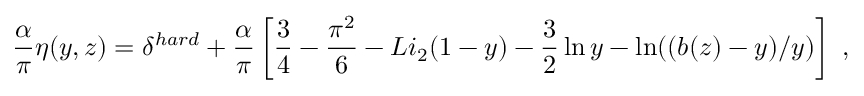
\frac { \alpha } { \pi } \eta ( y , z ) = \delta ^ { h a r d } + \frac { \alpha } { \pi } \left[ \frac { 3 } { 4 } - \frac { \pi ^ { 2 } } { 6 } - L i _ { 2 } ( 1 - y ) - \frac { 3 } { 2 } \ln y - \ln ( ( b ( z ) - y ) / y ) \right] \ ,